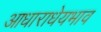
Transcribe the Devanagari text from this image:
आधाराधेयभाव